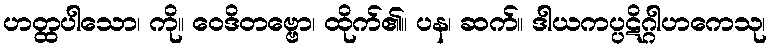
ဟတ္ထပါသော၊ ကို။ ဝေဒိတဗ္ဗော၊ ထိုက်၏။ ပန၊ ဆက်။ ဒါယကပ္ပဋိဂ္ဂါဟကေသု၊